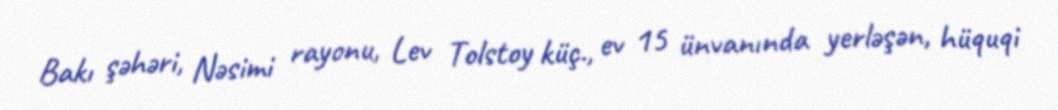
Bakı şəhəri, Nəsimi rayonu, Lev Tolstoy küç., ev 15 ünvanında yerləşən, hüquqi